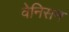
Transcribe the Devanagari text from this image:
वेनिसन